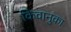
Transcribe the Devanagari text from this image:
किवानुका